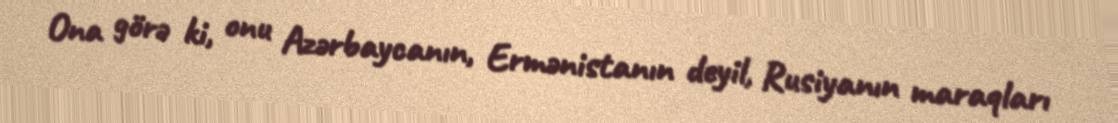
Ona görə ki, onu Azərbaycanın, Ermənistanın deyil, Rusiyanın maraqları